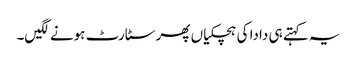
یہ کہتے ہی دادا کی ہچکیاں پھر سٹارٹ ہونے لگیں۔